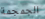
الجمجمة